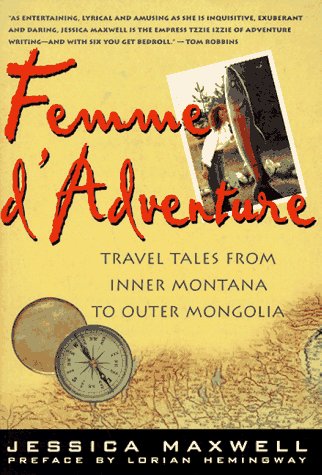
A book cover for Femme d'Adventure: Tales from a Wild Life (Adventura Books); Jessica Maxwell; Travel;